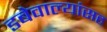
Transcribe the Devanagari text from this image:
डबेवाल्यांसह